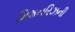
મિશનરિઝની